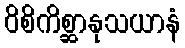
ဝိစိကိစ္ဆာနုသယာနံ